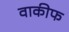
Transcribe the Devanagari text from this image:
वाकीफ